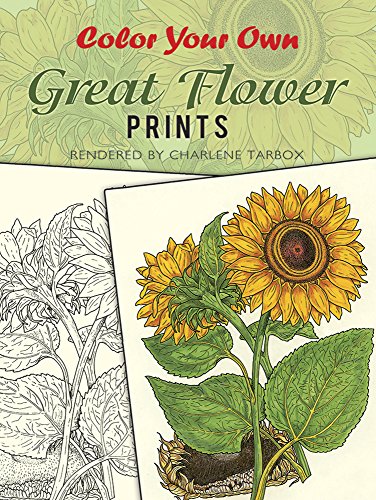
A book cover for Color Your Own Great Flower Prints (Dover Art Coloring Book); Charlene Tarbox; Children's Books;